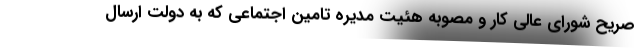
صریح شورای عالی کار و مصوبه هئیت مدیره تامین اجتماعی که به دولت ارسال